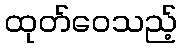
ထုတ်ဝေသည့်